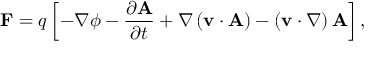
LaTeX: \mathbf { F } = q \left[ - \nabla \phi - { \frac { \partial \mathbf { A } } { \partial t } } + \nabla \left( \mathbf { v } \cdot \mathbf { A } \right) - \left( \mathbf { v } \cdot \nabla \right) \mathbf { A } \right] ,